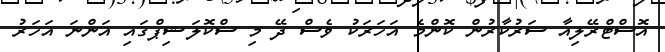
އޮސްޓްރޭލިއާ ސަރުކާރުން ކޮންމެ އަހަރަކު ވެސް ދޭ މި ސްކޮލަޝިޕްގައި އަންނަ އަހަރު